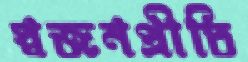
স্বজনপ্রীতি